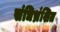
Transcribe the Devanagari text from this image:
संधिभ्रंशित